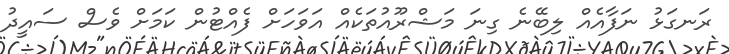
ރަނގަޅު ނަފާއެއް ލިބޭނެ ގިނަ މަޝްރޫއުތަކެއް އަވަހަށް ފެއްޓުން ކަމަށް ވެސް ސައީދު